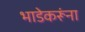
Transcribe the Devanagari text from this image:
भाडेकरूंना